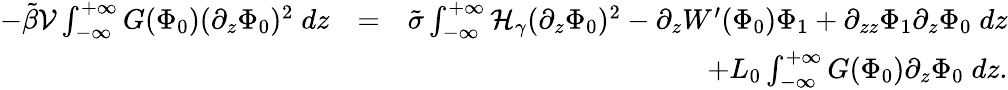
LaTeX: \begin{array}{rlr}{-\tilde{\beta}{\cal{V}}\int_{-\infty}^{+\infty}G(\Phi_{0})(\partial_{z}\Phi_{0})^{2}\; dz}&{=}&{\tilde{\sigma}\int_{-\infty}^{+\infty}{\cal{H}}_{\gamma}(\partial_{z}\Phi_{0})^{2}-\partial_{z}W^{\prime}(\Phi_{0})\Phi_{1}+\partial_{zz}\Phi_{1}\partial_{z}\Phi_{0}\; dz}\\ &{}&{+L_{0}\int_{-\infty}^{+\infty}G(\Phi_{0})\partial_{z}\Phi_{0}\; dz.}\end{array}